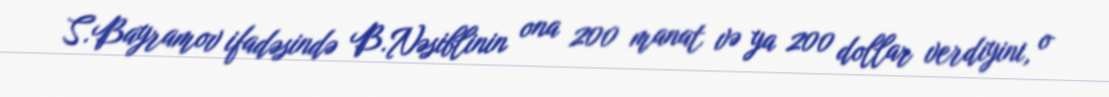
S.Bayramov ifadəsində B.Nəsiblinin ona 200 manat və ya 200 dollar verdiyini, o